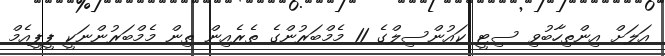
އަލަށް އިންތިހާބުވި ސިޓީ ކައުންސިލްގެ 11 މެމްބަރުންގެ ތެރެއިން ތިން މެމްބަރުންނަކީ ޕީޕީއެމް